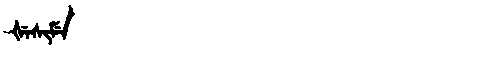
Manchu: ᡧᡝᠰᡳᠮᡝ
Romanization: ŠESIME